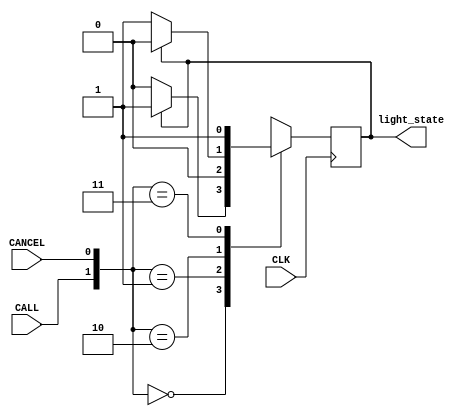
`timescale 1ns / 1ps
module VerilogSystemCall(
input wire CLK,
input wire CALL ,
input wire CANCEL ,
output reg light_state  
    );
reg c_state ;
// Combinatorial block
always @(*) begin
case ({CALL,CANCEL})
2'b00: c_state = light_state ? 'd1:'d0;
2'b01: c_state = light_state ? 'd0:'d0;
2'b10: c_state = light_state ? 'd0:'d1;
2'b11: c_state = light_state ? 'd1:'d1;
default : c_state = 'd0 ;
endcase
end
// Sequential block
always @( posedge CLK ) begin
light_state <= c_state ; 
end

endmodule